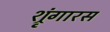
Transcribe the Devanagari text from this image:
श्रृंगारस